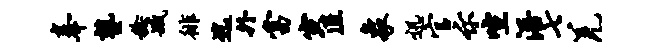
奉塾稔臧徘迄外当寅匠象迅官示喧浯七羌